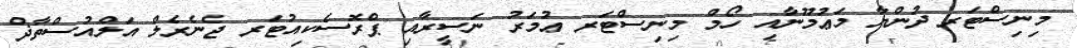
މިނިސްޓަރ ދުންޔާ މަޢުމޫނާއި ހޯމް މިނިސްޓަރ ޢުމަރު ނަސީރާއި ޕްރޮސެކިއުޓަރ ޖެނެރެލް އަލްއުސްތާޛް